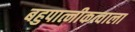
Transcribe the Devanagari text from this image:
बहुपात्नीकत्वाला